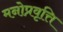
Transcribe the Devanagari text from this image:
मनोप्रवृत्ति